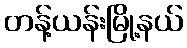
တန့်ယန်းမြို့နယ်